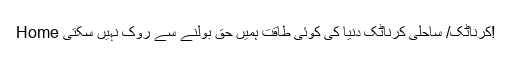
Home کرناٹک/ ساحلی کرناٹک دنیا کی کوئی طاقت ہمیں حق بولنے سے روک نہیں سکتی!